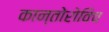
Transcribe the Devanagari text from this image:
कान्तोरोविच